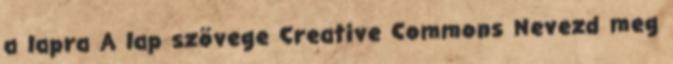
a lapra A lap szövege Creative Commons Nevezd meg